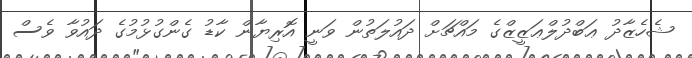
ޝެހެޒާދު ޢަބްދުލްޢަޒީޒްގެ މައްޗަށް ދައުލަތުން ވަނީ އޮރިޔާން ކާޑު ގެންގުޅުމުގެ ދައުވާ ވެސް